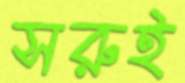
সরুই